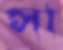
সা